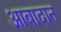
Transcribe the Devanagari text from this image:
आबादान